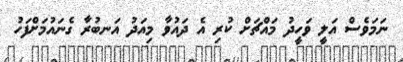
ނަމަވެސް އަލީ ވަހީދު މައްޗަށް ކުރި އެ ދައުވާ މިއަދު އަނބުރާ ގެނައުމަށްފަހު